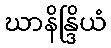
ဃာနိန္ဒြိယံ